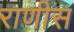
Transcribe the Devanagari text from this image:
राणीस